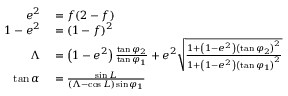
\begin{array} { r l } { e ^ { 2 } } & { { } = f ( 2 - f ) } \\ { 1 - e ^ { 2 } } & { { } = ( 1 - f ) ^ { 2 } } \\ { \Lambda } & { { } = \left( 1 - e ^ { 2 } \right) { \frac { \tan \varphi _ { 2 } } { \tan \varphi _ { 1 } } } + e ^ { 2 } { \sqrt { \frac { 1 + \left( 1 - e ^ { 2 } \right) \left( \tan \varphi _ { 2 } \right) ^ { 2 } } { 1 + \left( 1 - e ^ { 2 } \right) \left( \tan \varphi _ { 1 } \right) ^ { 2 } } } } } \\ { \tan \alpha } & { { } = { \frac { \sin L } { ( \Lambda - \cos L ) \sin \varphi _ { 1 } } } } \end{array}